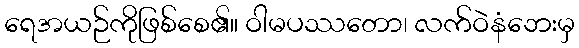
ရေအယဉ်ကိုဖြစ်စေ၏။ ဝါမပဿတော၊ လက်ဝဲနံဘေးမှ